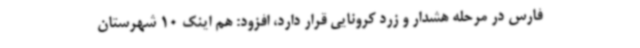
فارس در مرحله هشدار و زرد کرونایی قرار دارد، افزود: هم اینک 10 شهرستان